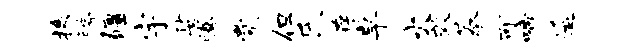
掾胯疆宇娑腾觉但氏存卓火效蓁可啼遥